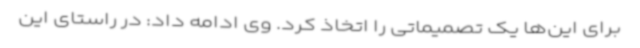
برای این‌ها یک تصمیماتی را اتخاذ کرد. وی ادامه داد: در راستای این